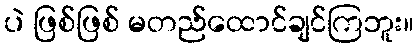
ပဲ ဖြစ်ဖြစ် မတည်ထောင်ချင်ကြဘူး။